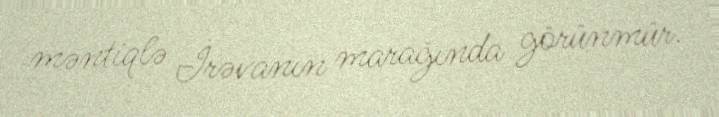
məntiqlə İrəvanın marağında görünmür.